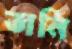
তানি